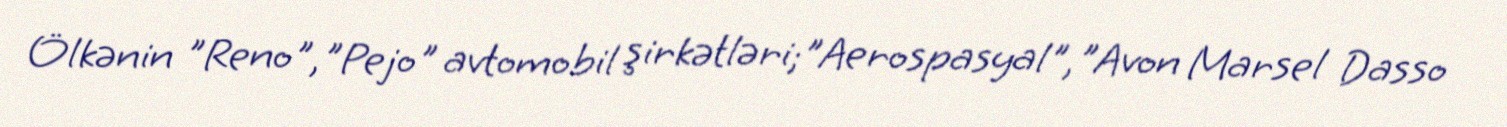
Ölkənin "Reno","Pejo" avtomobil şirkətləri;"Aerospasyal","Avon Marsel Dasso